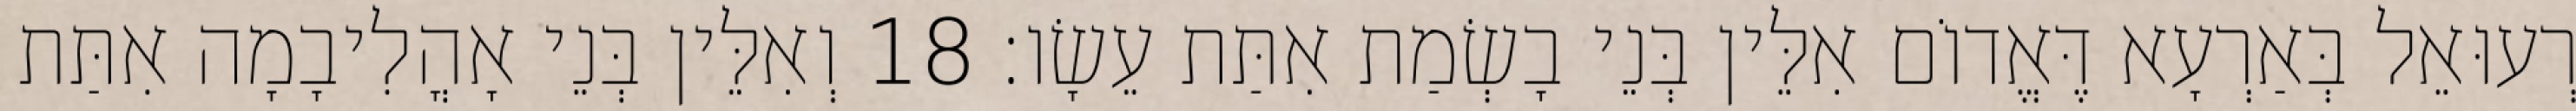
רְעוּאֵל בְּאַרְעָא דֶּאֱדוֹם אִלֵּין בְּנֵי בָשְׂמַת אִתַּת עֵשָׂו׃ 18 וְאִלֵּין בְּנֵי אָהֳלִיבָמָה אִתַּת